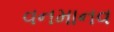
વનમાનવ